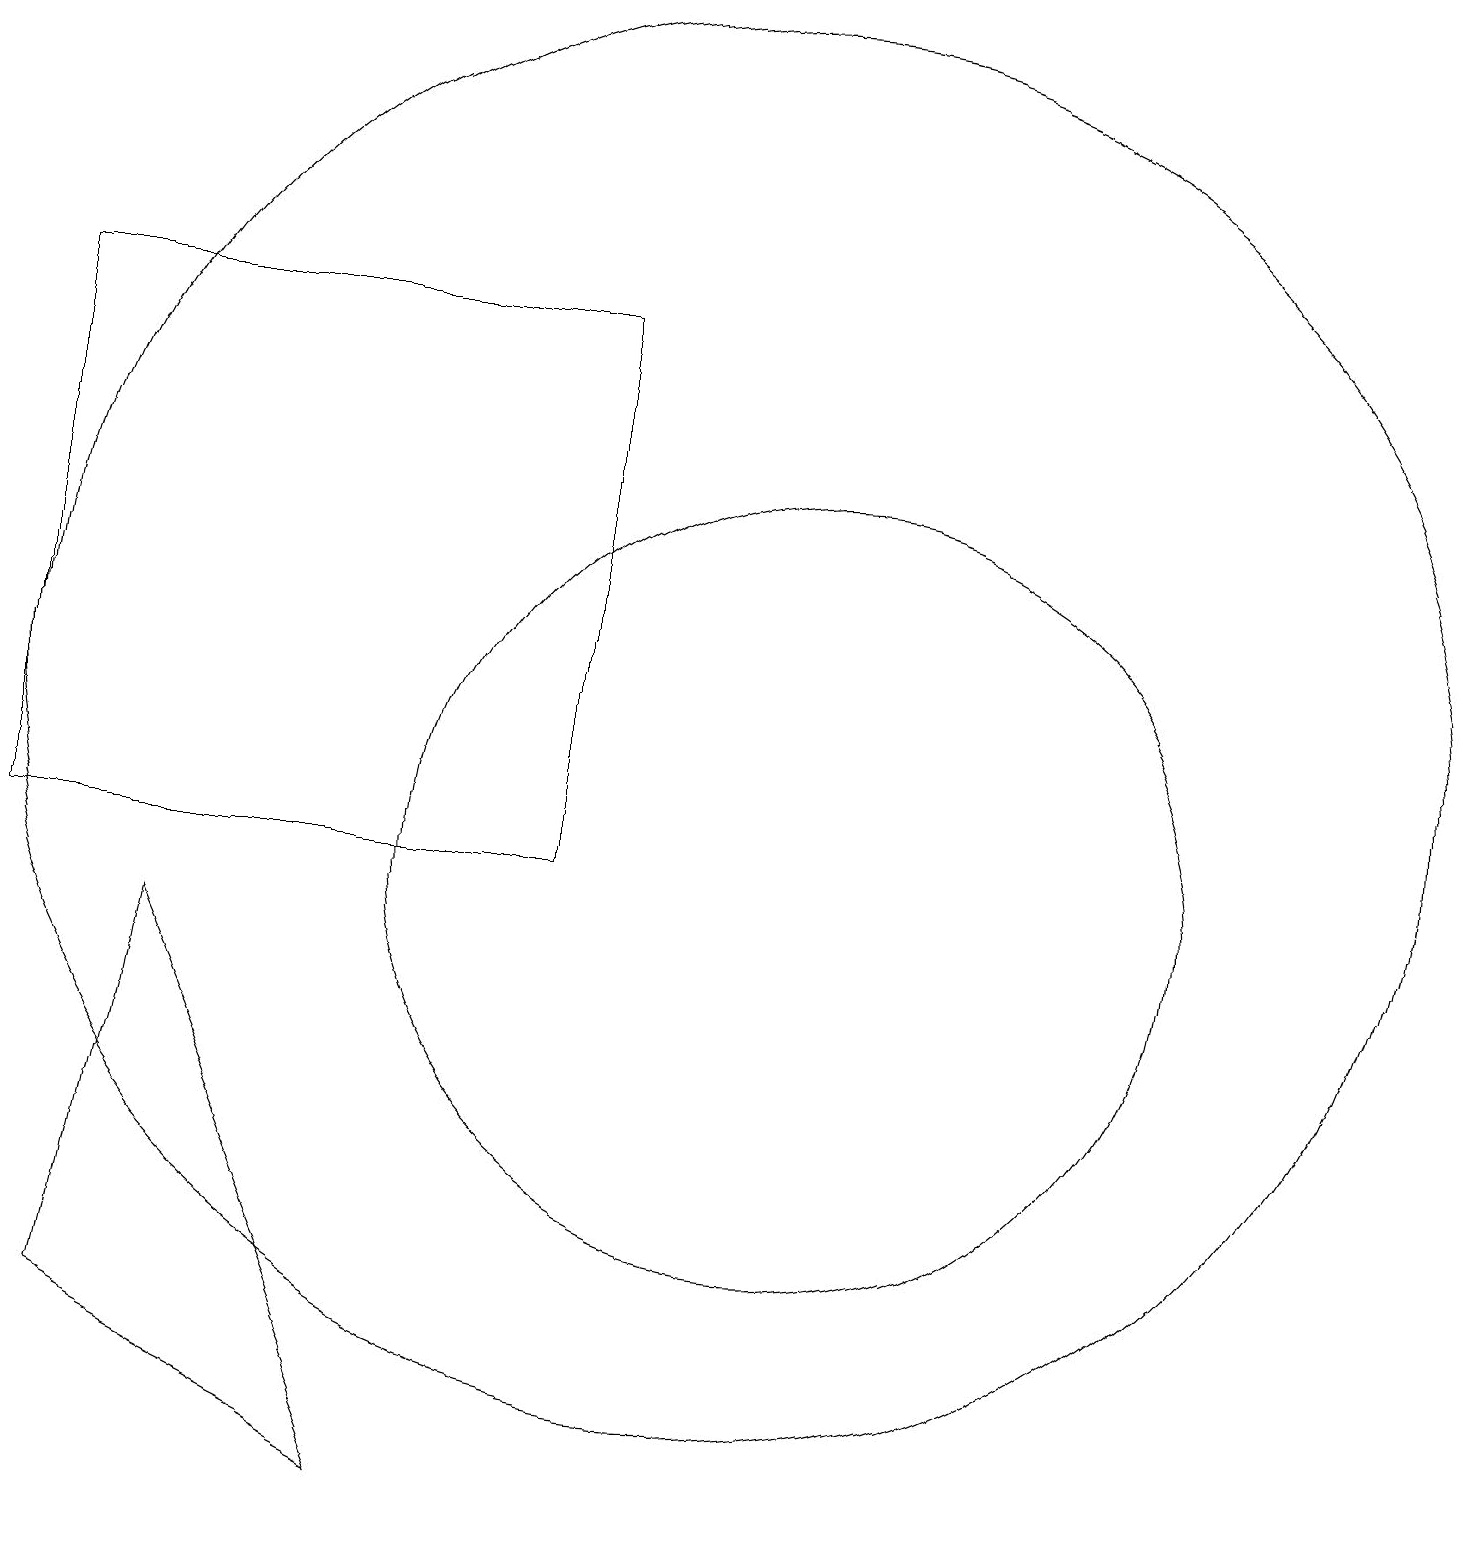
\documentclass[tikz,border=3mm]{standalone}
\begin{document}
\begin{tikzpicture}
\draw (11,10) circle (5);
\draw (1,10) rectangle (8,17);
\draw (10,10) circle (0);
\draw (2,4) -- (6,2) -- (3,9) -- cycle;
\draw (10,12) circle (9);
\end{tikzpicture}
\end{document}